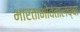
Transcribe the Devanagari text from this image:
भारताभोवतालच्या